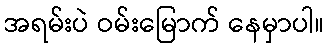
အရမ်းပဲ ဝမ်းမြောက် နေမှာပါ။